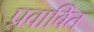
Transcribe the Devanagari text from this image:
प्रवाबित